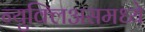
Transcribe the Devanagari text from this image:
न्युक्लिअसमध्ये